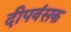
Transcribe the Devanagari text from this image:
दीपवंसक